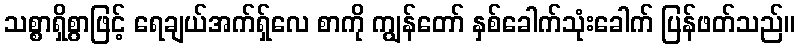
သစ္စာရှိစွာဖြင့် ရေချယ်အက်ရှ်လေ စာကို ကျွန်တော် နှစ်ခေါက်သုံးခေါက် ပြန်ဖတ်သည်။